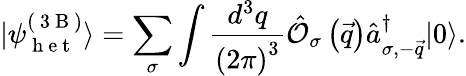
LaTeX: |\psi_{\mathrm{~h~e~t~}}^{\left(\mathrm{~3~B~}\right)}\rangle=\sum_{\sigma}\int\frac{d^{3}q}{\left(2\pi\right)^{3}}\hat{\mathcal{O}}_{\sigma}\left(\vec{q}\right)\hat{a}_{\sigma,-\vec{q}}^{\dagger}|0\rangle.